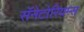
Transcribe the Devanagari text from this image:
सॅनेटोरियम्स